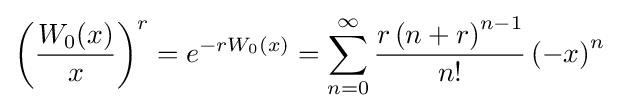
\left({\frac {W_{0}(x)}{x}}\right)^{r}=e^{-rW_{0}(x)}=\sum _{n=0}^{\infty }{\frac {r\left(n+r\right)^{n-1}}{n!}}\left(-x\right)^{n}